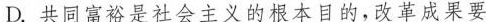
D.共同富裕是社会主义的根本目的，改革成果要